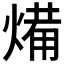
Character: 𭵥